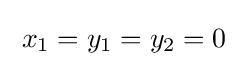
\;x_{1}=y_{1}=y_{2}=0